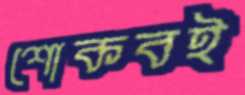
শোকবই